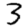
Digit: 3